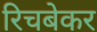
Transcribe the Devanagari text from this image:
रिचबेकर